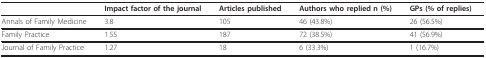
<table><thead><tr><td></td><td><b>Impact factor of the journal</b></td><td><b>Articles published</b></td><td><b>Authors who replied n (%)</b></td><td><b>GPs (% of replies)</b></td></tr></thead><tbody><tr><td>Annals of Family Medicine</td><td>3.8</td><td>105</td><td>46 (43.8%)</td><td>26 (56.5%)</td></tr><tr><td>Family Practice</td><td>1.55</td><td>187</td><td>72 (38.5%)</td><td>41 (56.9%)</td></tr><tr><td>Journal of Family Practice</td><td>1.27</td><td>18</td><td>6 (33.3%)</td><td>1 (16.7%)</td></tr></tbody></table>